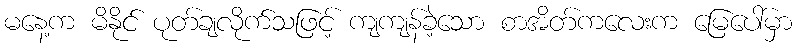
မနေ့က မိနိုင် ပုတ်ချလိုက်သဖြင့် ကျကျန်ခဲ့သော စာအိတ်ကလေးက မြေပေါ်မှာ